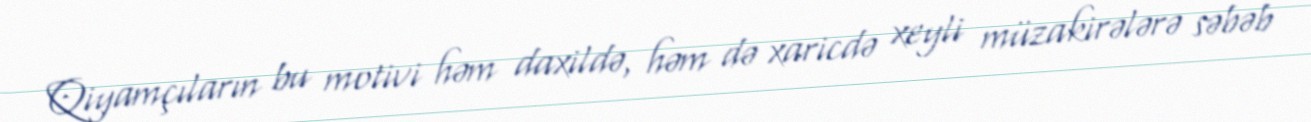
Qiyamçıların bu motivi həm daxildə, həm də xaricdə xeyli müzakirələrə səbəb